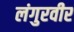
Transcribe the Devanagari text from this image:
लंगुरवीर